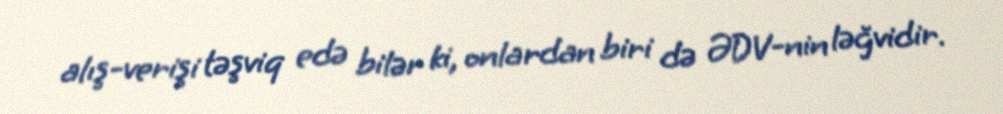
alış-verişi təşviq edə bilər ki, onlardan biri də ƏDV-nin ləğvidir.